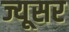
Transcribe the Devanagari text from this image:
ज्यूसर